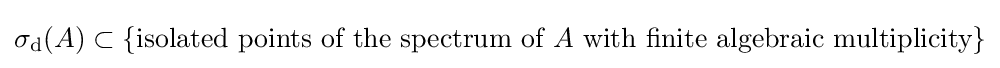
\sigma _{\mathrm {d} }(A)\subset \{{\mbox{isolated points of the spectrum of }}A{\mbox{ with finite algebraic multiplicity}}\}